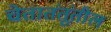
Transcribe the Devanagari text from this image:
चेतातंतूंतील